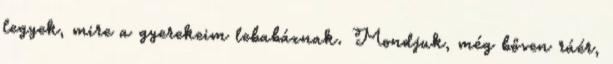
legyek, mire a gyerekeim lebabáznak. Mondjuk, még bőven ráér,